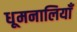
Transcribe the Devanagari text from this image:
धूमनालियाँ